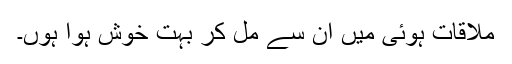
مُلاقات ہوئی مَیں اُن سے مل کر بہت خوش ہوا ہُوں۔